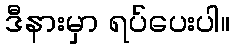
ဒီနားမှာ ရပ်ပေးပါ။